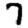
Digit: 7